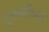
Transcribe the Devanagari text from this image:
दुराणीच्या